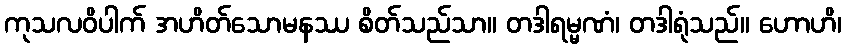
ကုသလဝိပါက် အဟိတ်သောမနဿ စိတ်သည်သာ။ တဒါရမ္မဏံ၊ တဒါရုံသည်။ ဟောဟိ၊